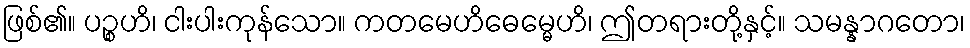
ဖြစ်၏။ ပဉ္စဟိ၊ ငါးပါးကုန်သော။ ကတမေဟိဓေမ္မေဟိ၊ ဤတရားတို့နှင့်။ သမန္နာဂတော၊